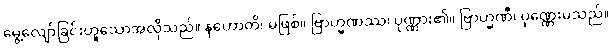
မွေ့လျော်ခြင်းဟူသောအလိုသည်။ နဟောတိ၊ မဖြစ်။ ဗြာဟ္မဏဿ၊ ပုဏ္ဏား၏။ ဗြာဟ္မဏီ၊ ပုဏ္ဏေးမသည်။